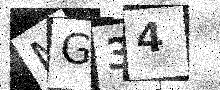
Text: MG34